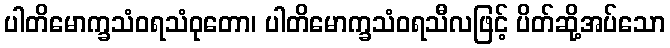
ပါတိမောက္ခသံဝရသံဝုတော၊ ပါတိမောက္ခသံဝရသီလဖြင့် ပိတ်ဆို့အပ်သော